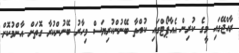
ރާއްޖޭގައި މީގެ ކުރިން އެއާޕޯޓްގައި ކުއްތާ ބޭނުންކުރިޔަސް މިހާރު ބޭނުންކުރާ ގޮތަށް އާންމުކޮށް